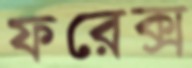
ফরেক্স